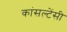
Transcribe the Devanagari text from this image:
कांसल्टेंसी